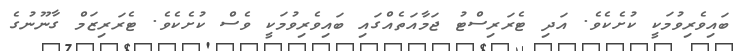
ބައިވެރިވުމަކީ ކުށެކެވެ. އަދި ޓެރަރިސްޓު ޖަމާއަތެއްގައި ބައިވެރިވުމަކީ ވެސް ކުށެކެވެ. ޓެރަރިޒަމް ގާނޫނުގެ